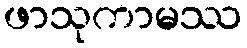
ဖာသုကာမဿ